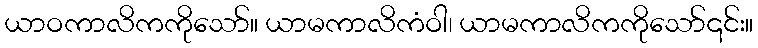
ယာဝကာလိကကိုသော်။ ယာမကာလိကံဝါ၊ ယာမကာလိကကိုသော်၎င်း။